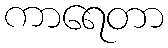
ကာရေတာ